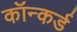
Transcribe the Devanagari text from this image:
कॉन्कर्ड